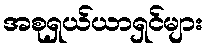
အစုရှယ်ယာရှင်များ